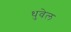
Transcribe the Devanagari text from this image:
धुवेल